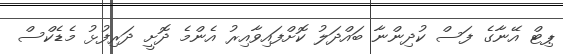
ޕިޓް އޭނާގެ ފަސް ކުދިންނާ ބައްދަލު ކޮށްފައިވާއިރު އެންމެ ދޮށީ ދަރިފުޅު މެޑެކްސް